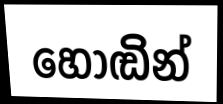
හොඬින්